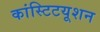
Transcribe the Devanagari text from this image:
कांस्टिटयूशन